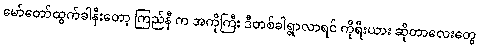
မော်တော်ထွက်ခါနီးတော့ ကြည်နီ က အကိုကြီး ဒီတစ်ခါရွာလာရင် ကိုရီးယား ဆိုတာလေးတွေ